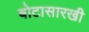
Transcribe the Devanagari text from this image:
बोटासारखी